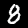
Label: 8